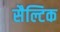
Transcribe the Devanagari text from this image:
सैल्टिक